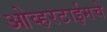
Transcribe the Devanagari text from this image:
ओव्हरटाईमचे